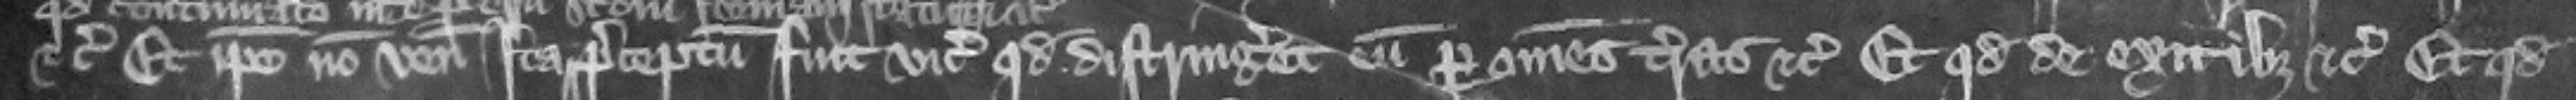
etc. Et ipse non venit Ita preceptum fuit vicecomiti quod distringeret eum per omnes terras etc. Et quod de exitibus etc. Et quod